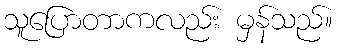
သူပြောတာကလည်း မှန်သည်။